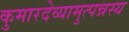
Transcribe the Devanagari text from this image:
कुमारदेव्यामुत्पन्नस्य